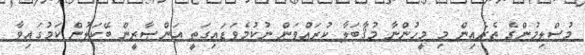
މުސްލިމުންގެ ތެރެއިން މި މީހުންނާ މުޤާބަލާ ކުރައްވަން ނުކުމެވަޑައިގަތީ އަންޞާރީން ބޭކަލުން ކަމުގައިވާ